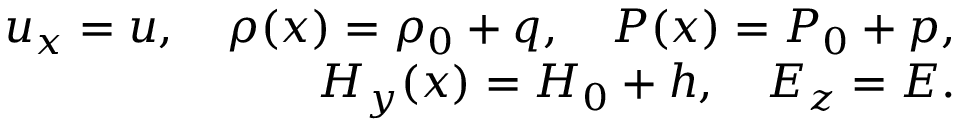
\begin{array} { r } { u _ { x } = u , \quad \rho ( x ) = \rho _ { 0 } + q , \quad P ( x ) = P _ { 0 } + p , } \\ { H _ { y } ( x ) = H _ { 0 } + h , \quad E _ { z } = E . } \end{array}